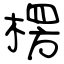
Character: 楞